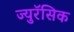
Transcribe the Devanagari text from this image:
ज्युरॅसिक